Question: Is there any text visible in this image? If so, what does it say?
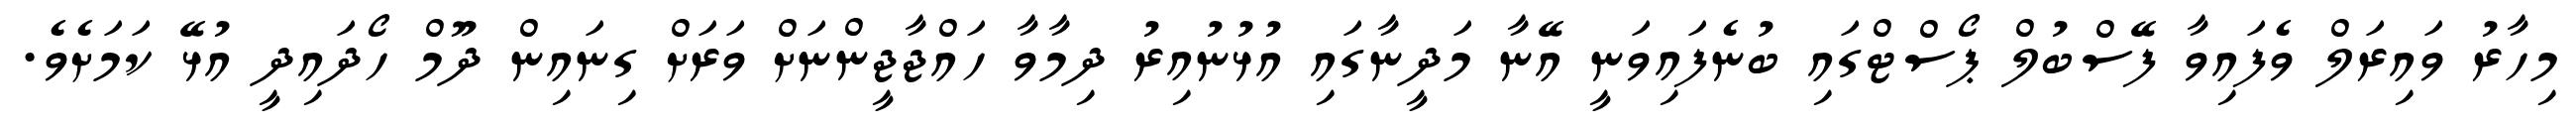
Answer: މިހާރު ވައިރަލް ވެފައިވާ ފޭސްބުލް ޕޯސްޓްގައި ބުނެފައިވަނީ އޭނާ މަދީނާގައި އުޅުނުއިރު ދިމާވާ ހައްޖާޖީންނަށް ވަރަށް ގިނައިން ދޫމް ހޯދައިދީ އުޅޭ ކަމަށެވެ.